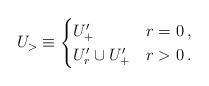
LaTeX: \begin{align*}U_> \equiv \begin{cases} U'_+ & r=0\, ,\\ U'_r\cup U'_+ & r>0\, . \end{cases}\end{align*}